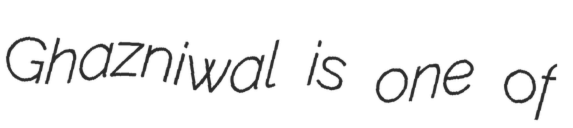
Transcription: Ghazniwal is one of